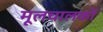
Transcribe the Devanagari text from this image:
मूलचालकों